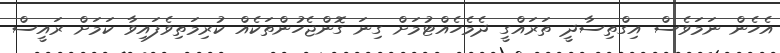
އެހެން ނަމަވެސް އިގްތިސާދީ ތަރައްގީ ދެމެހެއްޓުމަށް ގިނަ ގޮންޖެހުންތަކެއް ކުރިމަތިވެފައިވާ ކަމަށް ރައީސް